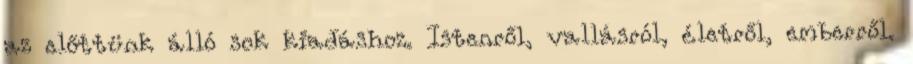
az előttünk álló sok kiadáshoz. Istenről, vallásról, életről, emberről.